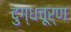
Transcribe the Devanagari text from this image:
दुग्धचूर्ण